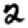
Digit: 2